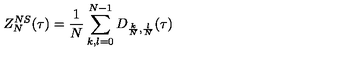
Z _ { N } ^ { N S } ( \tau ) = \frac 1 N \sum _ { k , l = 0 } ^ { N - 1 } D _ { \frac { k } { N } , \frac { l } { N } } ( \tau )